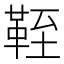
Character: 𩊞